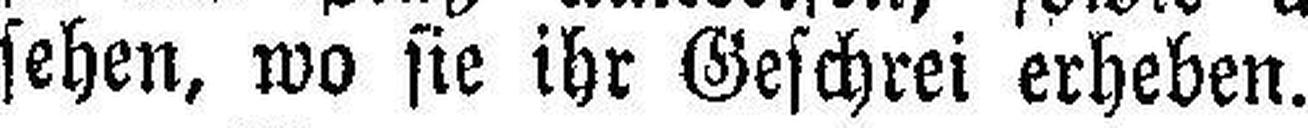
sehen, wo sie ihr Geschrei erheben.